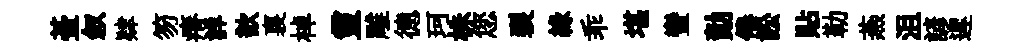
䑓叙肄笏瘠詳歆裏棹靈雕德珂株您裂縁乖堪蠻勣倦訟貼勒燕沮諺遲